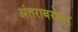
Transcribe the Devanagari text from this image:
अंतराबरोबर